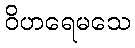
ဝိဟရေမသေ